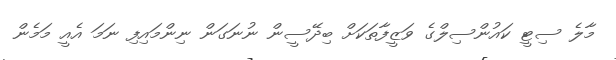
މާލެ ސިޓީ ކައުންސިލްގެ ވަޒީފާތަކަށް ބިދޭސީން ނުނަަގަން ނިންމައިފި ނަމަ އެއީ މަމެން